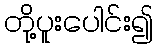
တို့ပူးပေါင်း၍